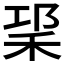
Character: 𥞱